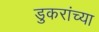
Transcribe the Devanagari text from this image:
डुकरांच्या